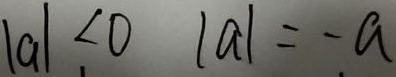
\vert a \vert < 0 \vert a \vert = - a